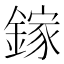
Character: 鎵